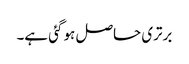
برتری حاصل ہو گئی ہے۔